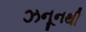
ઝનૂનથી